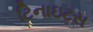
ટિનાઇટસ